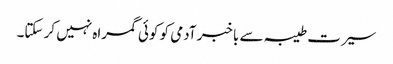
سیرت طیبہ سے باخبر آدمی کو کوئی گمراہ نہیں کر سکتا۔